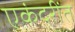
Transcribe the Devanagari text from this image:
एकंदरींत